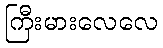
ကြီးမားလေလေ